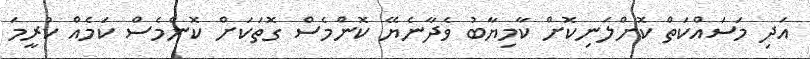
އަދި މަސައްކަތް ކޮށްލަނިކޮށް ކާމިޔާބު ވެދާނެޔޭ ކޮންމެސް ގޮތަކަށް ކޮންމެސް ކަމެއް ކުރީމަ